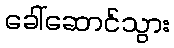
ခေါ်ဆောင်သွား